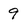
Character: 9